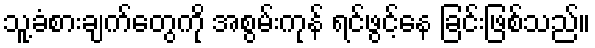
သူ့ခံစားချက်တွေကို အစွမ်းကုန် ရင်ဖွင့်နေ ခြင်းဖြစ်သည်။